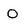
Character: 0